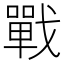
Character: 戰